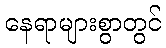
နေရာများစွာတွင်